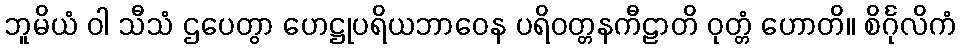
ဘူမိယံ ဝါ သီသံ ဌပေတွာ ဟေဋ္ဌုပရိယဘာဝေန ပရိဝတ္တနကီဠာတိ ဝုတ္တံ ဟောတိ။ စိင်္ဂုလိကံ